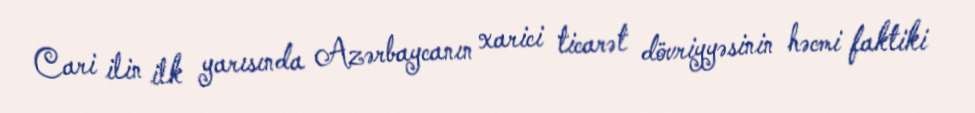
Cari ilin ilk yarısında Azərbaycanın xarici ticarət dövriyyəsinin həcmi faktiki